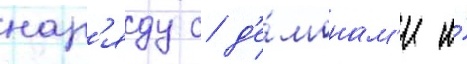
нар'яду с д'е́монам'и и́